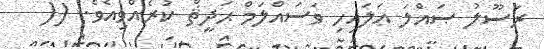
ރަސޫލު ޞައްލަ ޢަލައިހި ވަސައްލަމް ޙަދީޘް ކުރެއްވިއެވެ. ((